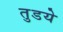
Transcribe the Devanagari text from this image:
तुडये